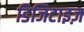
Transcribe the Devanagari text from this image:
डिजिटाइज़